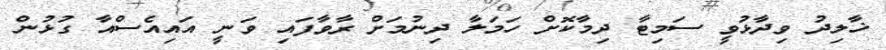
ޚާލިދު ވިދާޅުވީ ސަމިޓާ ދިމާކޮށް ހަމަލާ ދިނުމަށް ރާވާފައި ވަނީ އައިއެސްއާ ގުޅުން